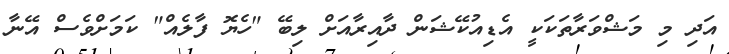
އަދި މި މަޝްވަރާތަކަކީ އެޑިއުކޭޝަން ދާއިރާއަށް ލިބޭ "ހެޔޮ ފާލެއް" ކަމަށްވެސް އޭނާ